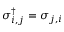
\sigma _ { i , j } ^ { \dagger } = \sigma _ { j , i }